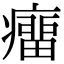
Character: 癅